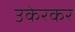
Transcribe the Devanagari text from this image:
उकेरकर